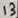
Text: 13